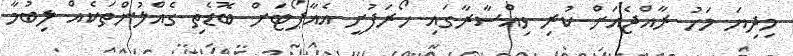
މިދިޔަ މަހު ރާއްޖެއަށް ކުރި ވިއްސާރާގައި ހޯރަފުށީ އެއާޕޯޓަށް ބޮޑެތި ގެއްލުންތަކެއް ލިބުމާ